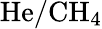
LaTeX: \mathrm{He/CH_{4}}